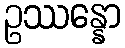
ဥဿန္နော